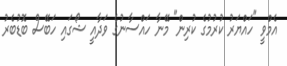
އެމްވީ "ހައްޔަރު ކުރުމުގެ ކުރިން" މޭނާ ހައްސާނުގެ ވަދާއީ ޝޯގައި ހަބޭސް ބޮޑުބެރު